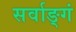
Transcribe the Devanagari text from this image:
सर्वाङ्गं